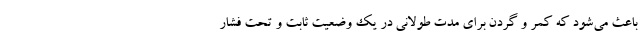
باعث می‌شود که کمر و گردن برای مدت طولانی در یک وضعیت ثابت و تحت فشار